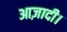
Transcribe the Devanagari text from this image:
आज़ादी।